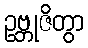
ဥဗ္ဘုဇိတွာ